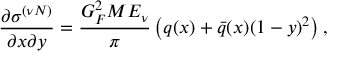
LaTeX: \frac { \partial \sigma ^ { ( \nu N ) } } { \partial x \partial y } = \frac { G _ { F } ^ { 2 } M E _ { \nu } } { \pi } \left( q ( x ) + \bar { q } ( x ) ( 1 - y ) ^ { 2 } \right) ,